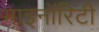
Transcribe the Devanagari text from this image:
माइनॉरिटी